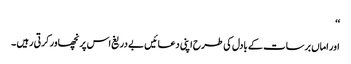
‘‘
اور اماں برسات کے بادل کی طرح اپنی دعائیں بے دریغ اس پر نچھاور کرتی رہیں ۔